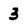
Character: 3